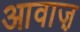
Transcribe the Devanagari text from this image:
आवाज़़